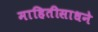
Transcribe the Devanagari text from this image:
माहितीसाधने